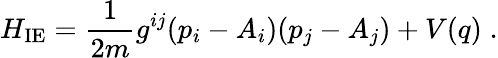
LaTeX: H_{\mathrm{IE}}=\frac{1}{2m}g^{ij}(p_{i}-A_{i})(p_{j}-A_{j})+V(q)\; .